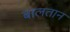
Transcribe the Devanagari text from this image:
बालतान